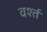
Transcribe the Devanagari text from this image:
वर्श्त